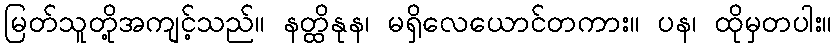
မြတ်သူတို့အကျင့်သည်။ နတ္ထိနုန၊ မရှိလေယောင်တကား။ ပန၊ ထိုမှတပါး။